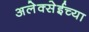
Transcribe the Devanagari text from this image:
अलेक्सेईच्या